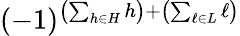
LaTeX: (-1)^{\left(\sum_{h\in H}h\right)+\left(\sum_{\ell\in L}\ell\right)}